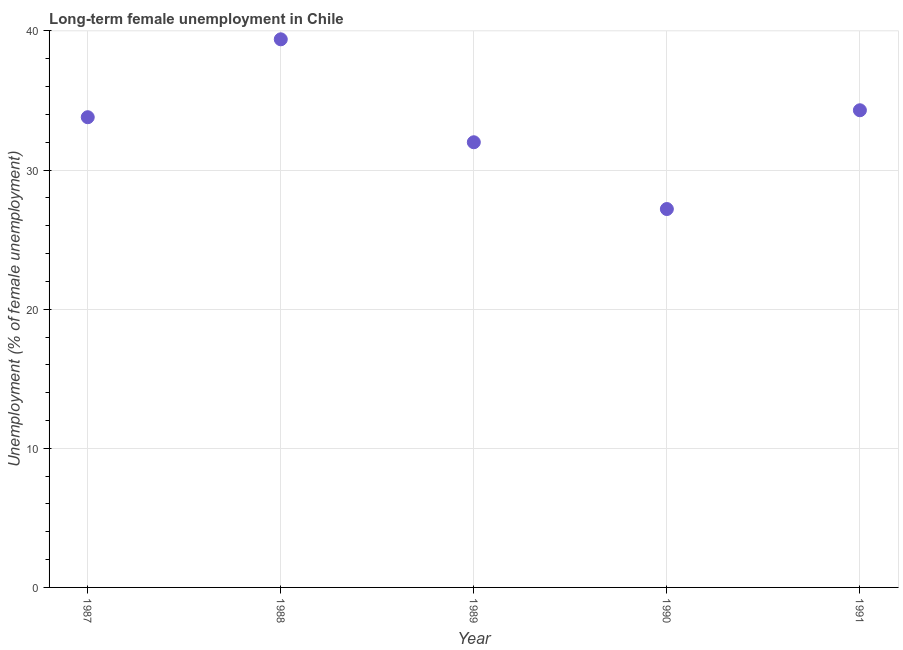
| Year | Long-term unemployment female |
 | --- | --- |
 | 1987 | 33.8 |
 | 1988 | 39.4 |
 | 1989 | 32 |
 | 1990 | 27.2 |
 | 1991 | 34.3 |